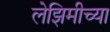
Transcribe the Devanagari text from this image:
लेझिमीच्या